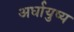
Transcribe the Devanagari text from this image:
अर्धायुष्य